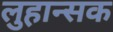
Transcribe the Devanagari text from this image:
लुहान्सक